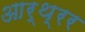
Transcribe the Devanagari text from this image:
आर्थ्रर